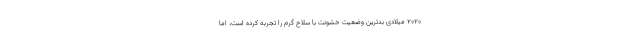
۲۰۲۰ میلادی بدترین وضعیت خشونت با سلاح گرم را تجربه کرده است، اما